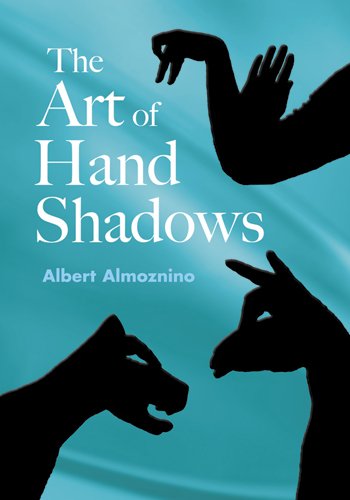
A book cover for The Art of Hand Shadows; Albert Almoznino; Humor & Entertainment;